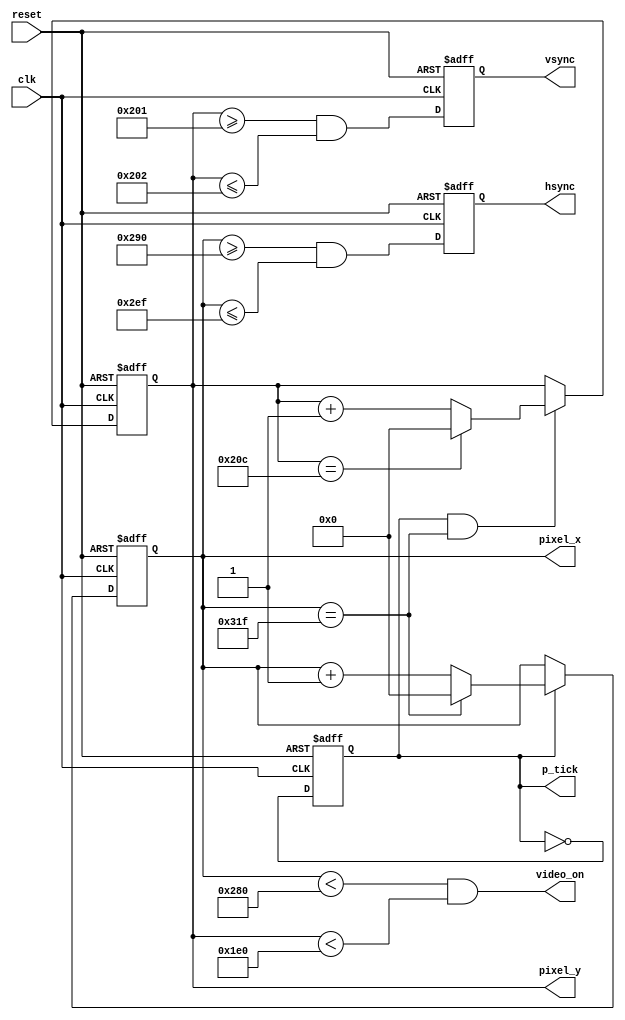
`timescale 1ns / 1ps
//////////////////////////////////////////////////////////////////////////////////
// Company: 
// Engineer: 
// 
// Design Name: 
// Module Name: vsync_unit-vga_sync
// Project Name: 
// Target Devices: 
// Tool Versions: 
// Description: 
// 
// Dependencies: 
// 
// Revision:
// Revision 0.01 - File Created
// Additional Comments:
// 
//////////////////////////////////////////////////////////////////////////////////


module vga_sync(
   input wire clk, reset,
    output wire hsync, vsync, video_on, p_tick,
    output wire [9:0] pixel_x, pixel_y
   );

   // constant declaration
   // VGA 640-by-480 sync parameters
   localparam HD = 640; // horizontal display area
   localparam HF = 48 ; // h. front (left) border
   localparam HB = 16 ; // h. back (right) border
   localparam HR = 96 ; // h. retrace
   localparam VD = 480; // vertical display area
   localparam VF = 10;  // v. front (top) border
   localparam VB = 33;  // v. back (bottom) border
   localparam VR = 2;   // v. retrace

   // mod-2 counter
   reg mod2_reg;
   wire mod2_next;
   // sync counters
   reg [9:0] h_count_reg, h_count_next;
   reg [9:0] v_count_reg, v_count_next;
   // output buffer
   reg v_sync_reg, h_sync_reg;
   wire v_sync_next, h_sync_next;
   // status signal
   wire h_end, v_end, pixel_tick;

   // body
   // registers
   always @(posedge clk, posedge reset)
      if (reset)
         begin
            mod2_reg <= 1'b0;
            v_count_reg <= 0;
            h_count_reg <= 0;
            v_sync_reg <= 1'b0;
            h_sync_reg <= 1'b0;
         end
      else
         begin
            mod2_reg <= mod2_next;
            v_count_reg <= v_count_next;
            h_count_reg <= h_count_next;
            v_sync_reg <= v_sync_next;
            h_sync_reg <= h_sync_next;
         end

   // mod-2 circuit to generate 25 MHz enable tick
   assign mod2_next = ~mod2_reg;
   assign pixel_tick = mod2_reg;

   // status signals
   // end of horizontal counter (799)
   assign h_end = (h_count_reg==(HD+HF+HB+HR-1));
   // end of vertical counter (524)
   assign v_end = (v_count_reg==(VD+VF+VB+VR-1));

   // next-state logic of mod-800 horizontal sync counter
   always @*
      if (pixel_tick)  // 25 MHz pulse
         if (h_end)
            h_count_next = 0;
         else
            h_count_next = h_count_reg + 1;
      else
         h_count_next = h_count_reg;

   // next-state logic of mod-525 vertical sync counter
   always @*
      if (pixel_tick & h_end)
         if (v_end)
            v_count_next = 0;
         else
            v_count_next = v_count_reg + 1;
      else
         v_count_next = v_count_reg;

   // horizontal and vertical sync, buffered to avoid glitch
   // h_sync_next asserted between 656 and 751
   assign h_sync_next = (h_count_reg>=(HD+HB) &&
                         h_count_reg<=(HD+HB+HR-1));
   // vh_sync_next asserted between 490 and 491
   assign v_sync_next = (v_count_reg>=(VD+VB) &&
                         v_count_reg<=(VD+VB+VR-1));

   // video on/off
   assign video_on = (h_count_reg<HD) && (v_count_reg<VD);

   // output
   assign hsync = h_sync_reg;
   assign vsync = v_sync_reg;
   assign pixel_x = h_count_reg;
   assign pixel_y = v_count_reg;
   assign p_tick = pixel_tick;

endmodule